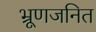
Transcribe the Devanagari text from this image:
भ्रूणजनित